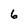
Character: 6